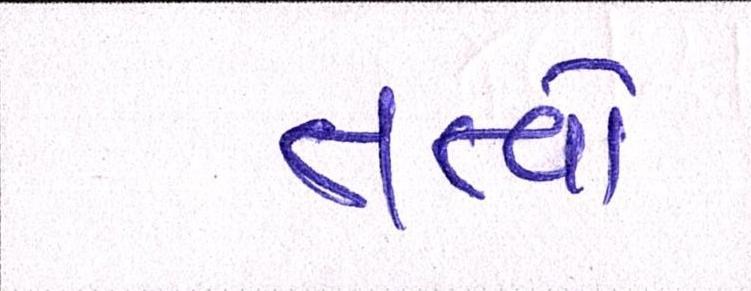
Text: તત્ત્વો